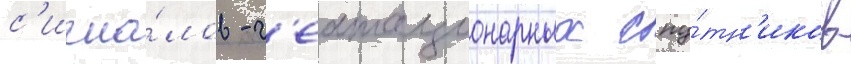
с'игна́лов - г'еостационарных спу́тн'иков